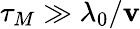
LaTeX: \tau_{M}\gg\lambda_{0}/\mathbf{v}